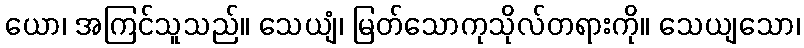
ယော၊ အကြင်သူသည်။ သေယျံ၊ မြတ်သောကုသိုလ်တရားကို။ သေယျသော၊